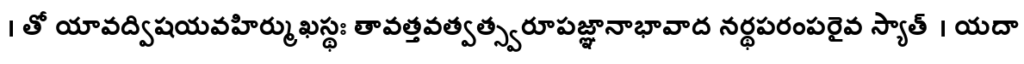
। తో యావద్విషయవహిర్ముఖస్థః తావత్తవత్వత్స్వరూపజ్ఞానాభావాద నర్థపరంపరైవ స్యాత్ । యదా